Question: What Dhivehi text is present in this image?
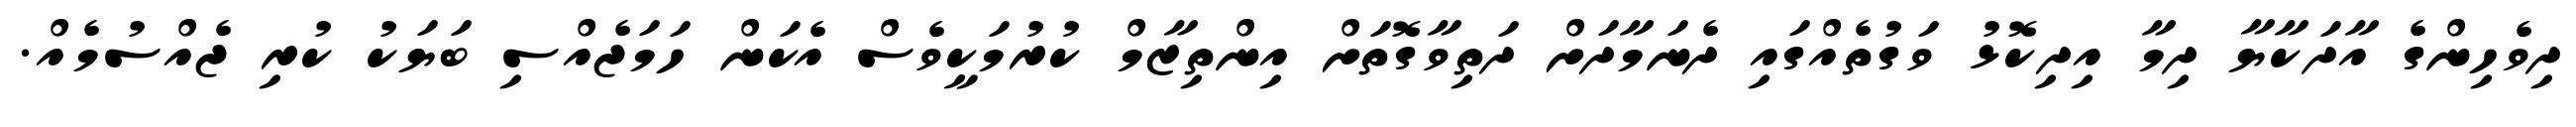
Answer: ދިވެހިންގެ އާދަކާޔާ ދިމާ އިދިކޮޅު ވަގުތެއްގައި ދެނަމާދަށް ދަތިވާގޮތަށް އިންތިޒާމް ކުރުމަކީވެސް އެކަން ހަމަޖެއްސި ބަޔަކު ކުރި ޖެއްސުމެއް.